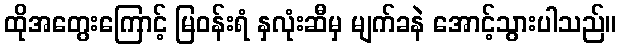
ထိုအတွေးကြောင့် မြဝန်းရံ နှလုံးဆီမှ မျက်ခနဲ အောင့်သွားပါသည်။